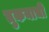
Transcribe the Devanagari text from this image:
तुकयाची